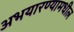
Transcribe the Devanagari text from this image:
अभयारण्यामधील